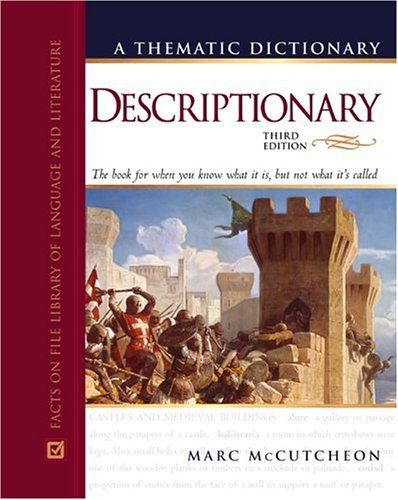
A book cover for Descriptionary: A Thematic Dictionary (Facts on File Library of Language and Literature); Marc McCutcheon; Reference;